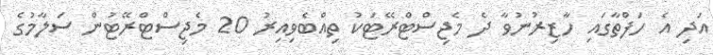
އަދި އެ ހަފްތާގައި ހާޒިރުނުވާ ދެ މެޖިސްޓްރޭޓަކު ތިއްބެވިއިރު 20 މެޖިސްޓްރޭޓުން ސަލާމުގެ